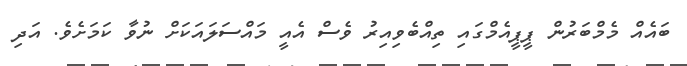
ބައެއް މެމްބަރުން ޕީޕީއެމްގައި ތިއްބެވިއިރު ވެސް އެއީ މައްސަލައަކަށް ނުވާ ކަމަށެވެ. އަދި